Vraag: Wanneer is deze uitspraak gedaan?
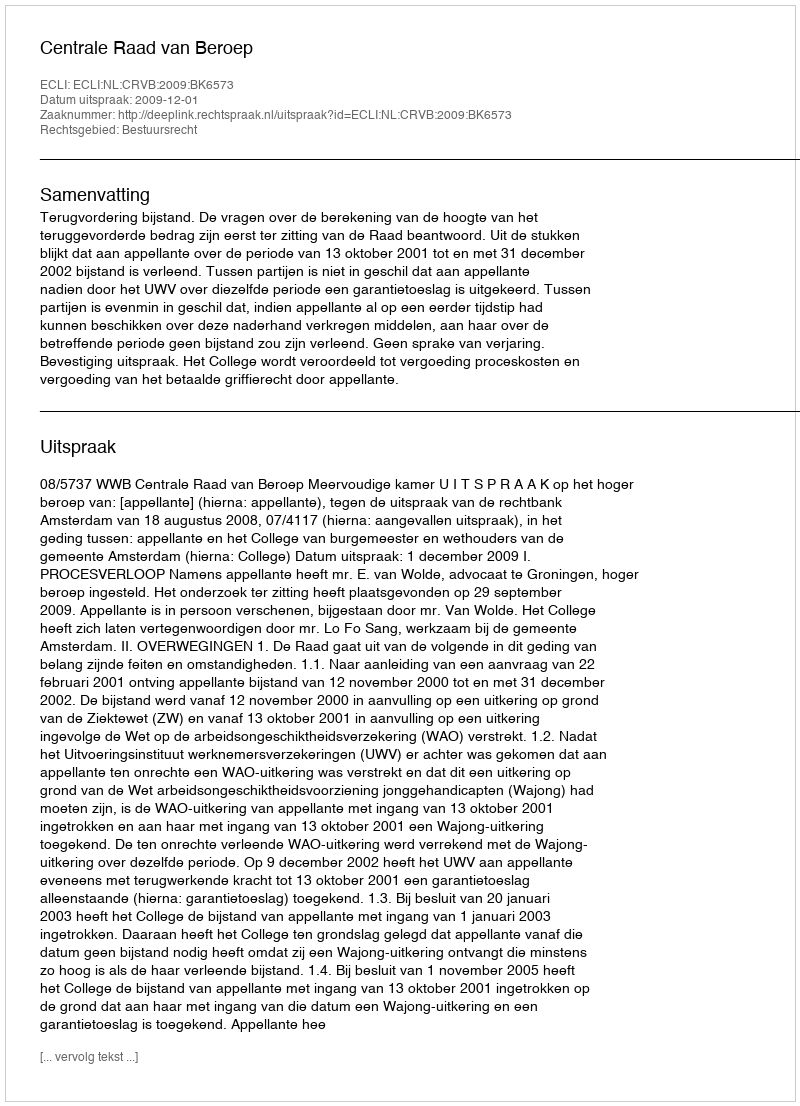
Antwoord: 2009-12-01